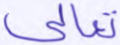
تعالى